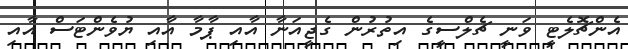
އެންޗޮލެޓީ ވަނީ ޗެލްސީގެ އިތުރުން ގެޖީއަނާ އާއި ޕާމާ އާއި ޔުވެންޓަސް އާއި